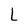
Character: L